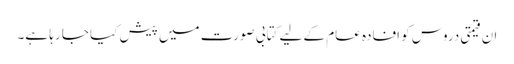
ان قیمتی دروس کو افادہ عام کے لیے کتابی صورت میں پیش کیا جا رہا ہے۔